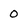
Character: 0